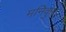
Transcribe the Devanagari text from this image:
मनिकुट